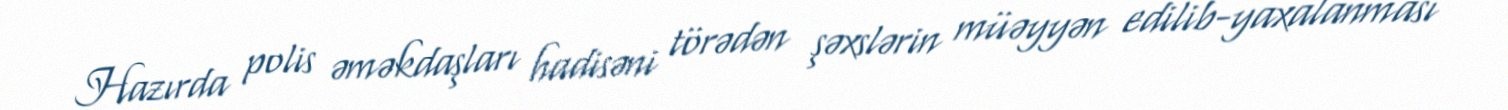
Hazırda polis əməkdaşları hadisəni törədən şəxslərin müəyyən edilib-yaxalanması